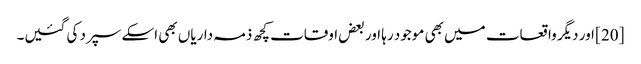
[20] اور دیگر واقعات میں بھی موجود رہا اور بعض اوقات کچھ ذمہ داریاں بھی اسکے سپرد کی گئیں۔